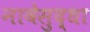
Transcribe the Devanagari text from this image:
नावेसुद्धा